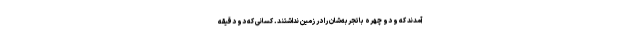
آمدند که و دو چهره باتجربه‌شان را در زمین نداشتند. کسانی که دو دقیقه